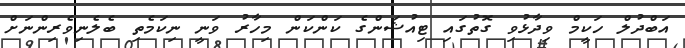
އަބްދުލް ހަކީމް ވިދާޅުވި ގޮތުގައި ޓިއުޝަންގެ ކަންކަން މިހާރު ވަނީ ނިކަމެތި ބެލެނިވެރިންނަށް